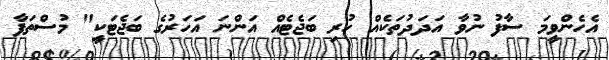
އެހެންވީމަ ސާފު ނުވާ އަދަދުތަކެއް ހުރި ބަޖެޓެއް އަންނަ އަހަރުގެ ބަޖެޓަކީ" މުސްތަފާ